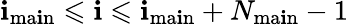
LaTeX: \mathbf{i}_{\mathrm{{ma\mathbf{i}n}}}\leqslant\mathbf{i}\leqslant\mathbf{i}_{\mathrm{{ma\mathbf{i}n}}}+N_{\mathrm{{ma\mathbf{i}n}}}-1